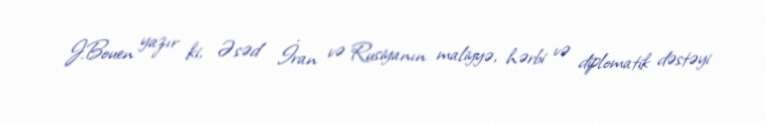
J.Bouen yazır ki, Əsəd İran və Rusiyanın maliyyə, hərbi və diplomatik dəstəyi